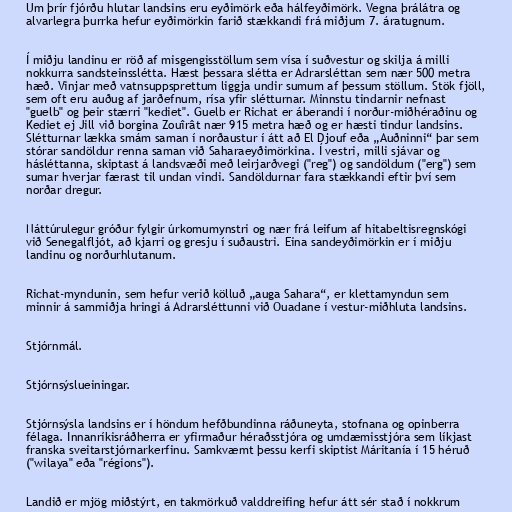
Um þrír fjórðu hlutar landsins eru eyðimörk eða hálfeyðimörk. Vegna þrálátra og
alvarlegra þurrka hefur eyðimörkin farið stækkandi frá miðjum 7. áratugnum.

Í miðju landinu er röð af misgengisstöllum sem vísa í suðvestur og skilja á milli
nokkurra sandsteinsslétta. Hæst þessara slétta er Adrarsléttan sem nær 500 metra
hæð. Vinjar með vatnsuppsprettum liggja undir sumum af þessum stöllum. Stök fjöll,
sem oft eru auðug af jarðefnum, rísa yfir slétturnar. Minnstu tindarnir nefnast
"guelb" og þeir stærri "kediet". Guelb er Richat er áberandi í norður-miðhéraðinu og
Kediet ej Jill við borgina Zouîrât nær 915 metra hæð og er hæsti tindur landsins.
Slétturnar lækka smám saman í norðaustur í átt að El Djouf eða „Auðninni“ þar sem
stórar sandöldur renna saman við Saharaeyðimörkina. Í vestri, milli sjávar og
hásléttanna, skiptast á landsvæði með leirjarðvegi ("reg") og sandöldum ("erg") sem
sumar hverjar færast til undan vindi. Sandöldurnar fara stækkandi eftir því sem
norðar dregur.

Náttúrulegur gróður fylgir úrkomumynstri og nær frá leifum af hitabeltisregnskógi
við Senegalfljót, að kjarri og gresju í suðaustri. Eina sandeyðimörkin er í miðju
landinu og norðurhlutanum.

Richat-myndunin, sem hefur verið kölluð „auga Sahara“, er klettamyndun sem
minnir á sammiðja hringi á Adrarsléttunni við Ouadane í vestur-miðhluta landsins.

Stjórnmál.

Stjórnsýslueiningar.

Stjórnsýsla landsins er í höndum hefðbundinna ráðuneyta, stofnana og opinberra
félaga. Innanríkisráðherra er yfirmaður héraðsstjóra og umdæmisstjóra sem líkjast
franska sveitarstjórnarkerfinu. Samkvæmt þessu kerfi skiptist Máritanía í 15 héruð
("wilaya" eða "régions").

Landið er mjög miðstýrt, en takmörkuð valddreifing hefur átt sér stað í nokkrum